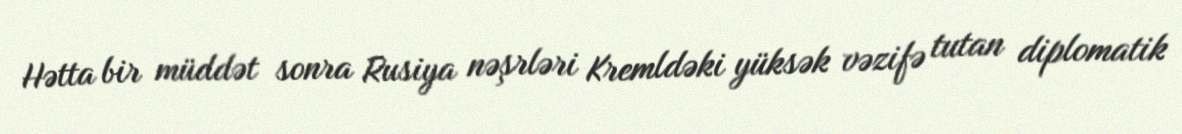
Hətta bir müddət sonra Rusiya nəşrləri Kremldəki yüksək vəzifə tutan diplomatik